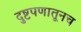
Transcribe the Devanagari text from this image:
दुष्टपणातूनच